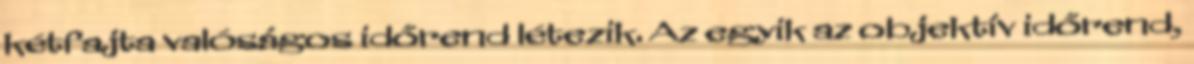
kétfajta valóságos időrend létezik. Az egyik az objek­tív időrend,